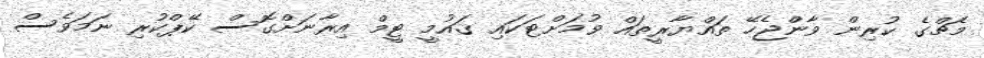
މެޗްގެ ކުރިން ވާންޖެހޭ ތައްޔާރީތައް ވުމަށްޓަކައި ޤައުމީ ޓީމް އިރާނަށްގޮސް ކޭޕްކުރި ނަމަވެސް